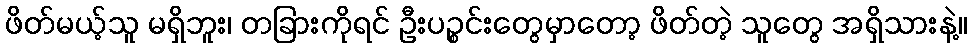
ဖိတ်မယ့်သူ မရှိဘူး၊ တခြားကိုရင် ဦးပဉ္စင်းတွေမှာတော့ ဖိတ်တဲ့ သူတွေ အရှိသားနဲ့။